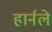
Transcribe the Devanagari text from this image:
हार्नले